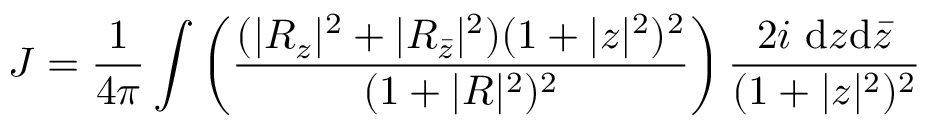
{ \cal J } = \frac { 1 } { 4 \pi } \int \left( \frac { ( | R _ { z } | ^ { 2 } + | R _ { { \bar { z } } } | ^ { 2 } ) ( 1 + | z | ^ { 2 } ) ^ { 2 } } { ( 1 + | R | ^ { 2 } ) ^ { 2 } } \right) \frac { 2 i ~ \mathrm { d } z \mathrm { d } { \bar { z } } } { ( 1 + | z | ^ { 2 } ) ^ { 2 } }